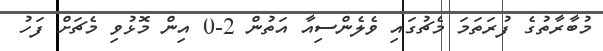
މުބާރާތުގެ ފުރަތަމަ މެޗުގައި ވެލެންސިއާ އަތުން 2-0 އިން މޮޅުވި މެޗަށް ފަހު